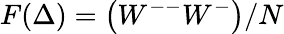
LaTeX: F(\Delta)=\left(W^{--}W^{-}\right)/N